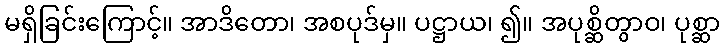
မရှိခြင်းကြောင့်။ အာဒိတော၊ အစပုဒ်မှ။ ပဋ္ဌာယ၊ ၍။ အပုစ္ဆိတွာဝ၊ ပုစ္ဆာ